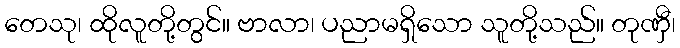
တေသု၊ ထိုလူတို့တွင်။ ဗာလာ၊ ပညာမရှိသော သူတို့သည်။ တုဏှီ၊